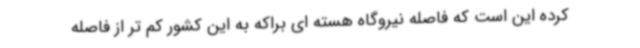
کرده این است که فاصله نیروگاه هسته ای براکه به این کشور کم تر از فاصله